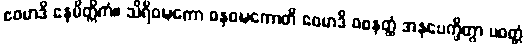
ဧဝမာဒိ နေမိတ္တိကံ။ သိရိဝဍ္ဎကော ဓနဝဍ္ဎကောတိ ဧဝမာဒိ ဝစနတ္ထံ အနပေက္ခိတွာ ပဝတ္တံ